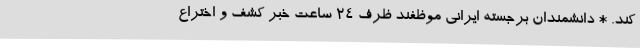
کند. * دانشمندان برجسته ایرانی موظفند ظرف 24 ساعت خبر کشف و اختراع